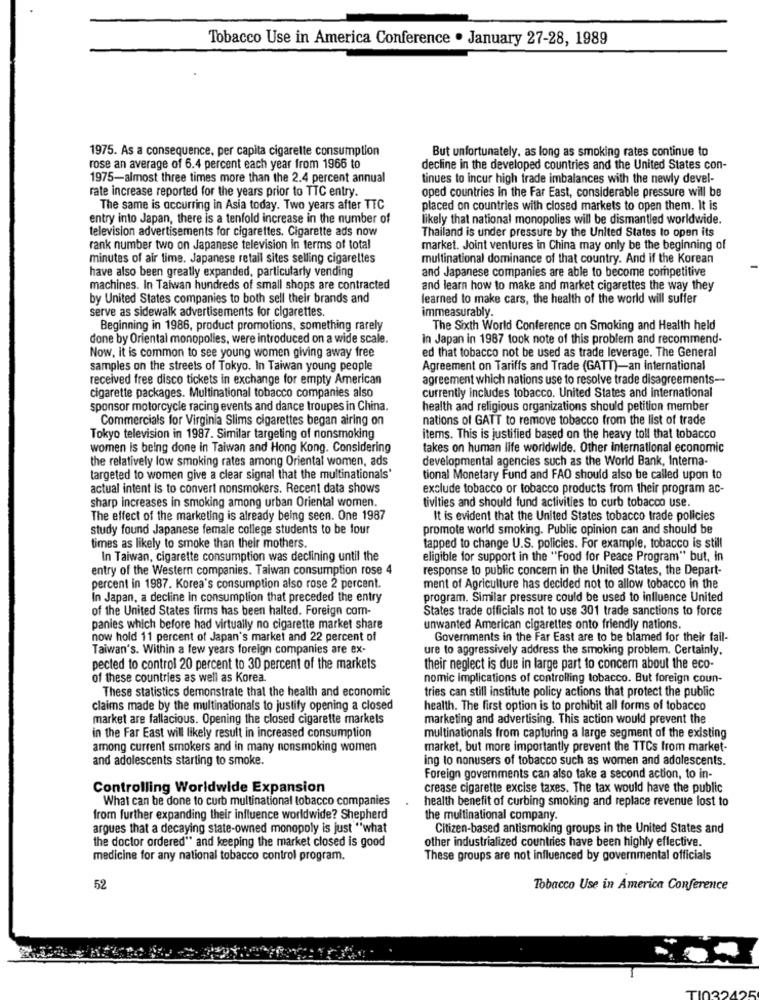
Tobacco Use in America Conference . January 27-28, 1989
1975. As a consequence, per capita cigarette consumption
But unfortunately, as long as smoking rates continue to
rose an average of 6.4 percent each year from 1966 to
decline in the developed countries and the United States con-
1975-almost three times more than the 2.4 percent annual
tinues to incur high trade imbalances with the newly devel-
rate increase reported for the years prior to TTC entry.
oped countries in the Far East, considerable pressure will be
The same is occurring in Asia today. Two years after TTC
placed on countries with closed markets to open them. It is
entry into Japan, there is a tenfold increase in the number of
likely that national monopolies will be dismantled worldwide.
television advertisements for cigarettes. Cigarette ads now
Thailand is under pressure by the United States to open its
rank number two on Japanese television in terms of total
market. Joint ventures in China may only be the beginning of
minutes of air time. Japanese retail sites selling cigarettes
multinational dominance of that country. And if the Korean
have also been greatly expanded, particularly vending
and Japanese companies are able to become competitive
machines. In Taiwan hundreds of small shops are contracted
and learn how to make and market cigarettes the way they
by United States companies to both sell their brands and
learned to make cars, the health of the world will suffer
serve as sidewalk advertisements for cigarettes.
immeasurably.
Beginning in 1986, product promotions, something rarely
The Sixth World Conference on Smoking and Health held
done by Oriental monopolles, were introduced on a wide scale.
in Japan in 1987 took note of this problem and recommend-
Now, it is common to see young women giving away free
ed that tobacco not be used as trade leverage. The General
samples on the streets of Tokyo. In Taiwan young people
Agreement on Tariffs and Trade (GATT)-an International
received free disco tickets in exchange for empty American
agreement which nations use to resolve trade disagreements-
cigarette packages. Multinational tobacco companies also
currently includes tobacco. United States and international
sponsor motorcycle racing events and dance troupes in China.
health and religious organizations should petition member
Commercials for Virginia Slims cigarettes began airing on
nations of GATT to remove tobacco from the list of trade
Tokyo television in 1987. Similar targeting of nonsmoking
items. This is justified based on the heavy toll that tobacco
women is being done in Taiwan and Hong Kong. Considering
takes on human life worldwide. Other international economic
the relatively low smoking rates among Oriental women, ads
developmental agencies such as the World Bank, Interna
targeted to women give a clear signal that the multinationals'
tional Monetary Fund and FAO should also be called upon to
actual intent is to convert nonsmokers. Recent data shows
exclude tobacco or tobacco products from their program ac-
sharp increases in smoking among urban Oriental women.
tivities and should fund activities to curb tobacco use.
The effect of the marketing is already being seen. One 1987
It is evident that the United States tobacco trade policies
study found Japanese female college students to be four
promote world smoking. Public opinion can and should be
times as likely to smoke than their mothers.
tapped to change U.S. policies. For example, tobacco is still
In Taiwan, cigarette consumption was declining until the
eligible for support in the "Food for Peace Program" but, in
entry of the Western companies. Taiwan consumption rose 4
response to public concern in the United States, the Depart-
percent in 1987. Korea's consumption also rose 2 percent.
ment of Agriculture has decided not to allow tobacco in the
In Japan, a decline in consumption that preceded the entry
program. Similar pressure could be used to influence United
of the United States firms has been halted. Foreign com-
States trade officials not to use 301 trade sanctions to force
panies which before had virtually no cigarette market share
unwanted American cigarettes onto friendly nations.
now hold 11 percent of Japan's market and 22 percent of
Governments in the Far East are to be blamed for their fail-
Taiwan's. Within a few years foreign companies are ex-
ure to aggressively address the smoking problem. Certainly,
pected to control 20 percent to 30 percent of the markets
their neglect is due in large part to concern about the eco-
of these countries as well as Korea
nomic implications of controlling tobacco. But foreign coun-
These statistics demonstrate that the health and economic
tries can still institute policy actions that protect the public
claims made by the multinationals to justify opening a closed
health. The first option is to prohibit all forms of tobacco
market are fallacious. Opening the closed cigarette markets
marketing and advertising. This action would prevent the
in the Far East will likely result in increased consumption
multinationals from capturing a large segment of the existing
among current smokers and in many nonsmoking women
market, but more importantly prevent the TTCs from market-
and adolescents starting to smoke.
ing to nonusers of tobacco such as women and adolescents.
Foreign governments can also take a second action, to in-
Controlling Worldwide Expansion
crease cigarette excise taxes. The tax would have the public
What can be done to curb multinational tobacco companies
health benefit of curbing smoking and replace revenue lost to
from further expanding their influence worldwide? Shepherd
the multinational company.
argues that a decaying state-owned monopoly is just "what
Citizen-based antismoking groups in the United States and
the doctor ordered" and keeping the market closed is good
other industrialized countries have been highly effective.
medicine for any national tobacco control program.
These groups are not influenced by governmental officials
52
Tobacco Use in America Conference
TI022425